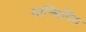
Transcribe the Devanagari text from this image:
यान्शिपिंग